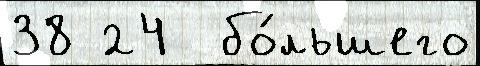
38 24  бо́льшего